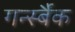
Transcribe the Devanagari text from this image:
गर्न्स्बैक